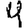
Digit: 4